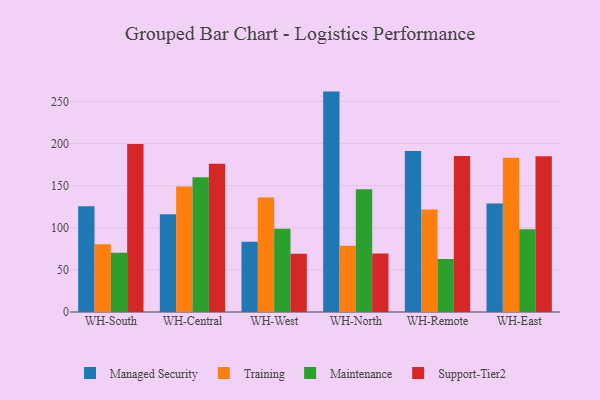
{"axis": {"x": "Warehouse", "y": "Conversion Rate (%)"}, "legend": ["Maintenance", "Managed Security", "Support-Tier2", "Training"], "data": [{"x": "WH-South", "y": 125.6, "type": "Managed Security"}, {"x": "WH-South", "y": 80.3, "type": "Training"}, {"x": "WH-South", "y": 70.5, "type": "Maintenance"}, {"x": "WH-South", "y": 199.6, "type": "Support-Tier2"}, {"x": "WH-Central", "y": 116.1, "type": "Managed Security"}, {"x": "WH-Central", "y": 149.0, "type": "Training"}, {"x": "WH-Central", "y": 160.1, "type": "Maintenance"}, {"x": "WH-Central", "y": 176.0, "type": "Support-Tier2"}, {"x": "WH-West", "y": 83.3, "type": "Managed Security"}, {"x": "WH-West", "y": 135.9, "type": "Training"}, {"x": "WH-West", "y": 98.9, "type": "Maintenance"}, {"x": "WH-West", "y": 69.3, "type": "Support-Tier2"}, {"x": "WH-North", "y": 261.7, "type": "Managed Security"}, {"x": "WH-North", "y": 78.7, "type": "Training"}, {"x": "WH-North", "y": 145.9, "type": "Maintenance"}, {"x": "WH-North", "y": 69.4, "type": "Support-Tier2"}, {"x": "WH-Remote", "y": 191.1, "type": "Managed Security"}, {"x": "WH-Remote", "y": 121.6, "type": "Training"}, {"x": "WH-Remote", "y": 63.0, "type": "Maintenance"}, {"x": "WH-Remote", "y": 185.1, "type": "Support-Tier2"}, {"x": "WH-East", "y": 128.7, "type": "Managed Security"}, {"x": "WH-East", "y": 183.1, "type": "Training"}, {"x": "WH-East", "y": 98.2, "type": "Maintenance"}, {"x": "WH-East", "y": 184.9, "type": "Support-Tier2"}]}